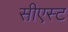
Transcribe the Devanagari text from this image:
सीएस्ट